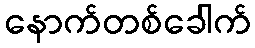
နောက်တစ်ခေါက်